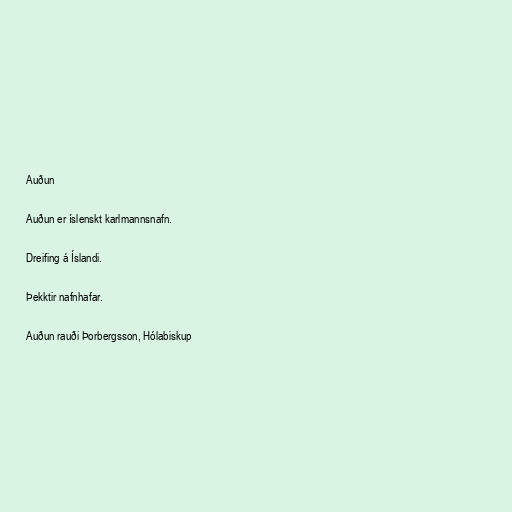
Auðun

Auðun er íslenskt karlmannsnafn.

Dreifing á Íslandi.

Þekktir nafnhafar.

Auðun rauði Þorbergsson, Hólabiskup